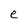
Character: e